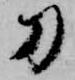
刀